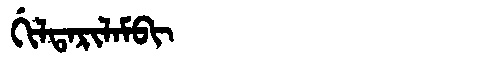
Manchu: ᡤᡳᠯᡨᠠᡵᡳᠯᠠᠮᠪᡳ
Romanization: GILTARILAMBI